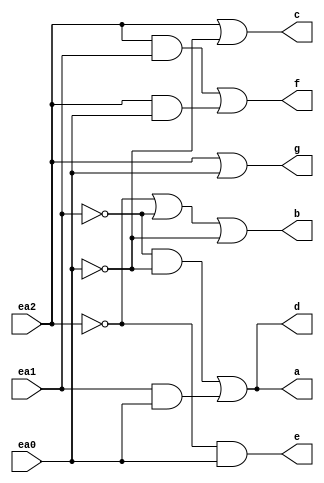
module cc_saida (
input  ea0,
input  ea1,
input  ea2,
output a,
output b, 
output c,
output d,
output e,
output f,
output g);

wire nea0,nea1,nea2;
not(nea0,ea0);
not(nea1,ea1);
not(nea2,ea2);

wire g_0,g_1;
buf(g_0,ea2);
buf(g_1,ea0);
or(g,g_0,g_1);

wire f_0,f_1;
and(f_0,ea2,ea1);
and(f_1,ea2,ea0);
or(f,f_0,f_1);

wire e_0;
and(e_0,nea2,ea0);
buf(e,e_0);

wire d_0,d_1;
and(d_0,nea1,nea0);
and(d_1,ea1,ea0);
or(d,d_0,d_1);

wire c_0,c_1;
buf(c_0,ea2);
buf(c_1,nea0);
or(c,c_0,c_1);

or(b,nea2,nea1,nea0);

wire a_0,a_1;
and(a_0,nea1,nea0);
and(a_1,ea1,ea0);
or(a,a_0,a_1);
endmodule